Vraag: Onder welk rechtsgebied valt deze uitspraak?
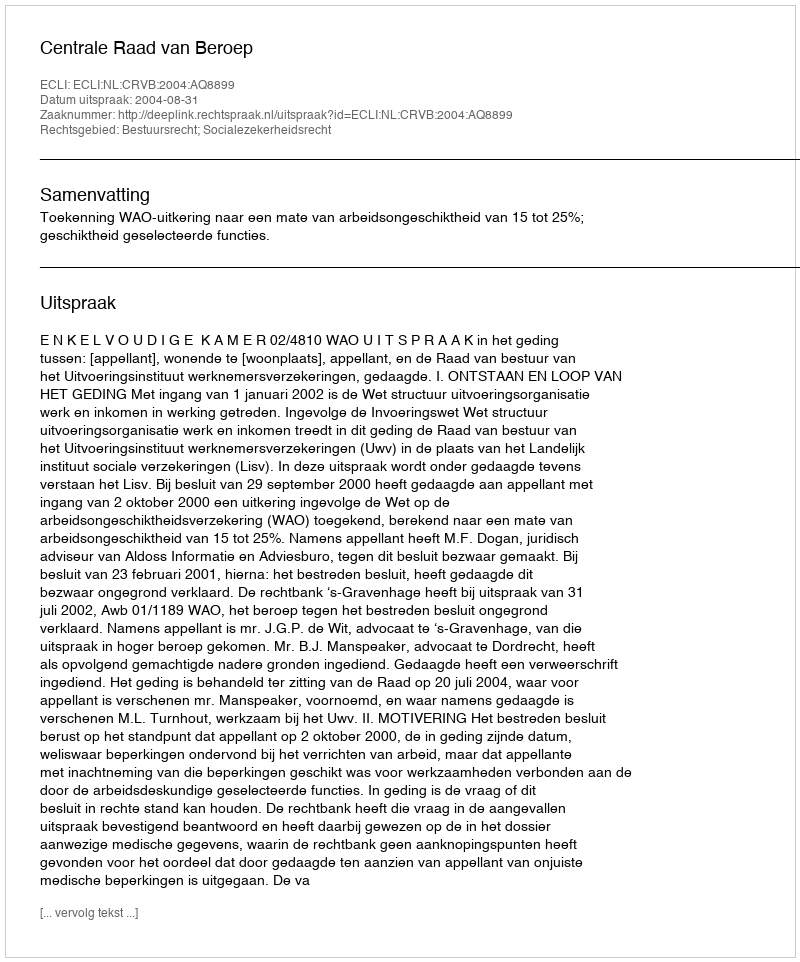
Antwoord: Bestuursrecht; Socialezekerheidsrecht